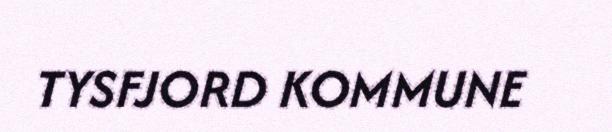
TYSFJORD KOMMUNE